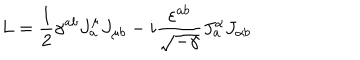
L = \frac { 1 } { 2 } \gamma ^ { a b } J _ { a } ^ { \mu } J _ { \mu b } - i \frac { \varepsilon ^ { a b } } { \sqrt { - \gamma } } J _ { a } ^ { \alpha } J _ { \alpha b } \nonumber